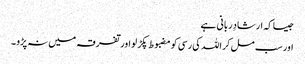
جیسا کہ ارشادِربانی ہے
اور سب مل کر اللہ کی رسی کو مضبوط پکڑ لو اور تفرقہ میں نہ پڑو ۔